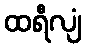
ထရီလျံ